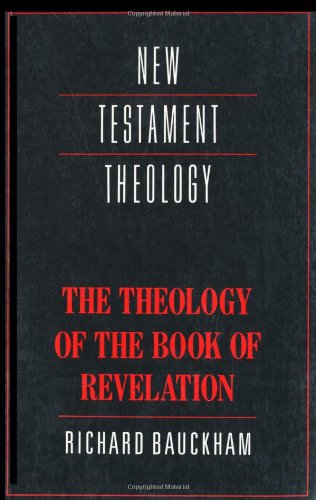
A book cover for The Theology of the Book of Revelation (New Testament Theology); Richard Bauckham; Christian Books & Bibles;